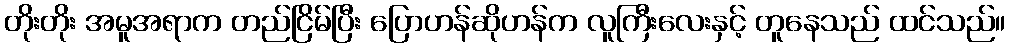
တိုးတိုး အမူအရာက တည်ငြိမ်ပြီး ပြောဟန်ဆိုဟန်က လူကြီးလေးနှင့် တူနေသည် ထင်သည်။